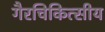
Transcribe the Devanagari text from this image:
गैरचिकित्सीय